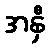
အနှီ